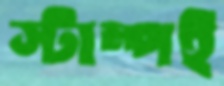
স্টাম্পই